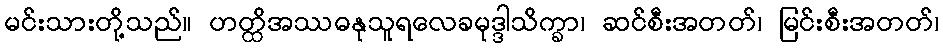
မင်းသားတို့သည်။ ဟတ္ထိအဿဓနုသူရလေခမုဒ္ဒါသိက္ခာ၊ ဆင်စီးအတတ်၊ မြင်းစီးအတတ်၊